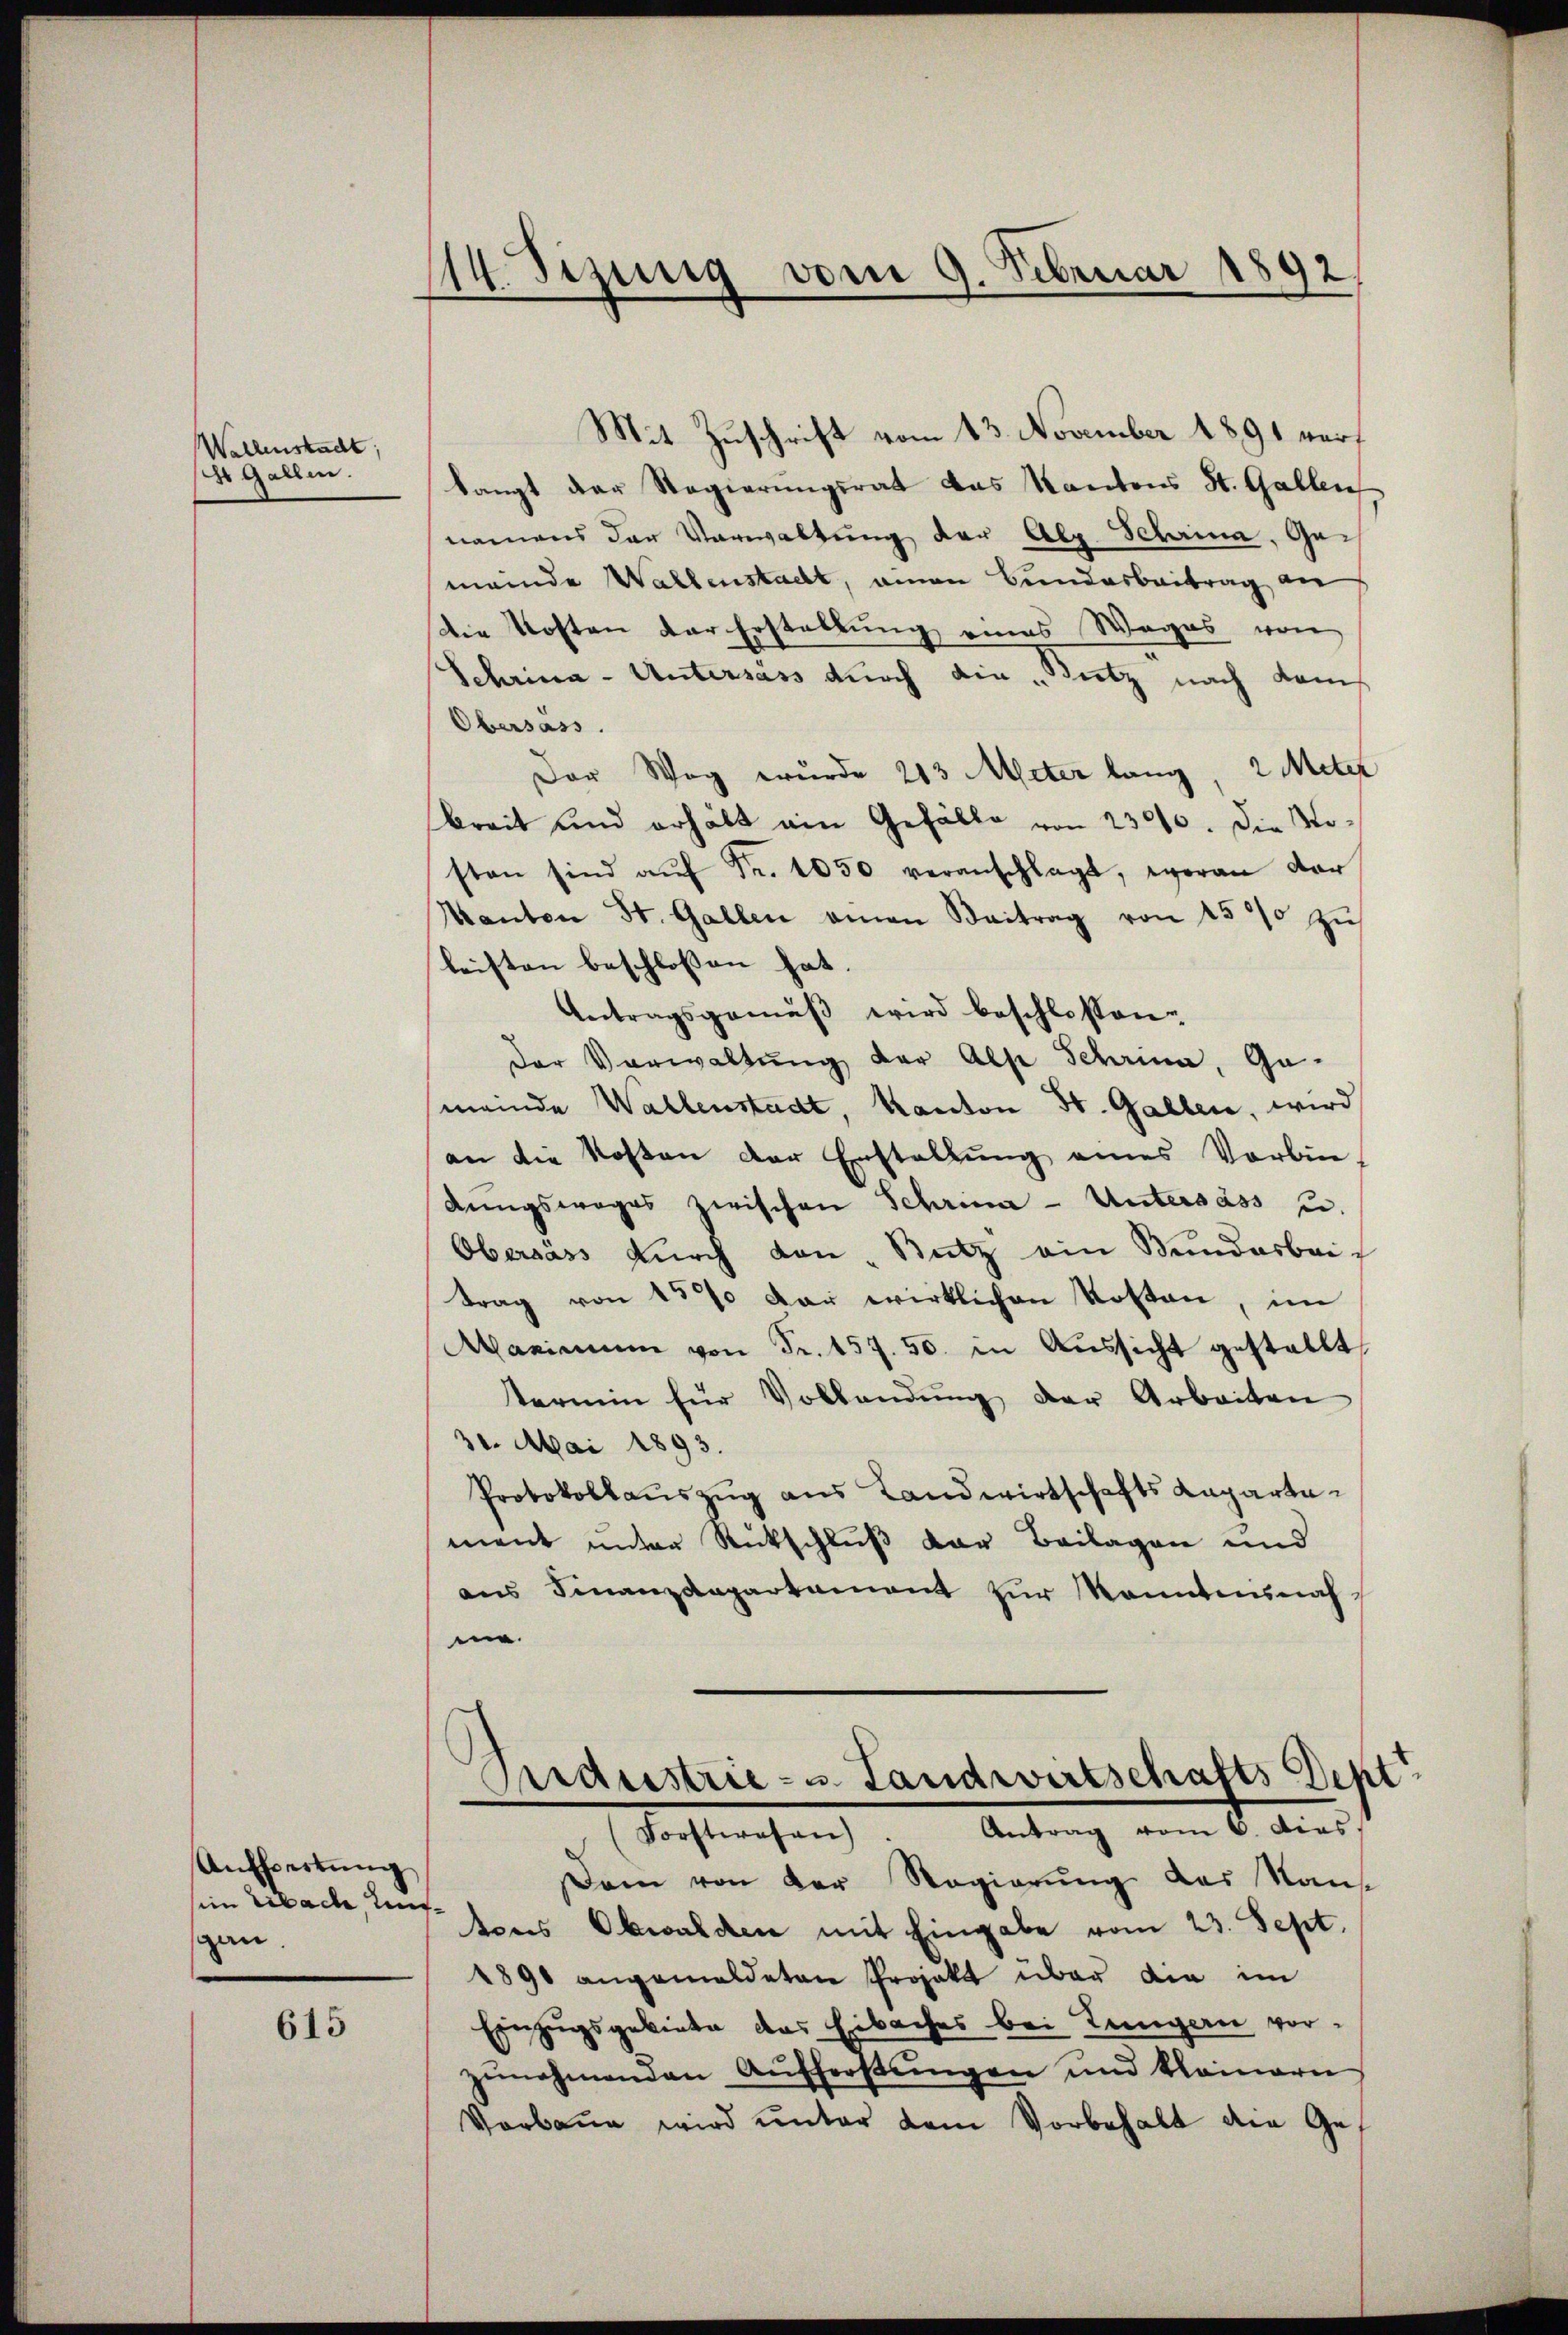
Wellenstadt,
14 Gallen.

Aŭfheitŭng
sein libach, Unsgau.

615

114. Sizung vom 9. Februar 1892

Mit Zuschrift vom 13. November 1891 wur
langt der Regierungsrat das Kantons St. Gallen
namens der Verwaltung der Alp. Schrina, Gemeinde Wallenstacht, einen Bunderbeitrag an
Die Kosten der Erstellung eines Weges von
Schrina - Untersass durch die „Bietz nach dems
Obersass.
Der Weg wurde 213 Meter lang, 2 Meter
Breit und erhält ein Gefälle von 2300. Die Nosten sind aŭf Fr. 1050 veranschlagt, woran der
Kanton St. Gallen amen Beitrag von 1500 zŭ
leisten beschlossen hat.
Antragsgemäβ wird beschlossen.
der Verwaltŭng der Als Schrina, Gameinde Wallenstadt, Kanton St. Gallen, wird
an die Kosten der Erstellung eines Vorbin-
dŭngsweges zwischen Schrina - Untersass u.
Obersass dŭrch den Stutz ein Mundarbeitrag von 15% der wirklichen Kosten, im
Maximum von Fr. 157. 50. in Aussicht gestellt,
termin für Vollendŭng der Arbeiten
31. Mai 1893.
Protokollauszug aus Landwirtschafts Ragartement unter Rückschluß der Beilagen und
aŭs Finanzdepartament zŭr kanntensnach
me.

Andustrie- u. Landwirtschafts Dept
(Forstwesen. Antrag vom 6. dies
Dam von der Regierung des Nan¬

tons Obwalden mit Eingabe vom 23. Sept.
4890 angemeldeten Projekt über die im
Einzugsgebiete das Eibaches bei Lungern vorzŭnahmenden Aŭfferstŭngen und kleinern
Vorbaue wird unter dem Vorbehalt die Ge¬